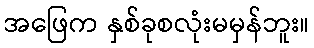
အဖြေက နှစ်ခုစလုံးမမှန်ဘူး။